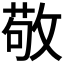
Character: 敬